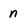
Character: n